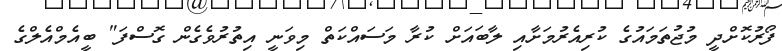
ފޯރުކޮށްދީ މުޖުތަމައުގެ ކުރިއެރުމަށާއި ލާބައަށް ކުރާ މަސައްކަތް މިވަނީ އިތުރުވެގެން ގޮސްފަ" ބީއެމްއެލްގެ